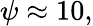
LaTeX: \psi\approx 10,